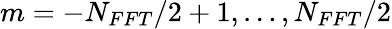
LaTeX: m=-N_{FFT}/2+1,\dots,N_{FFT}/2